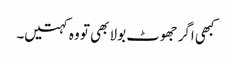
کبھی اگر جھوٹ بولا بھی تو وہ کہتیں۔